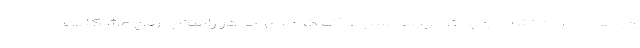
وج‌های جوان اشاره و به تصویب رسیده که گام مهمی در راستای رفع مشکلات